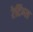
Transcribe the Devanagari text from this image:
रेटिंग्‍स